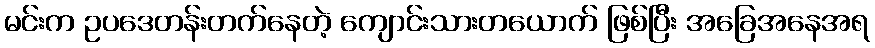
မင်းက ဥပဒေတန်းတက်နေတဲ့ ကျောင်းသားတယောက် ဖြစ်ပြီး အခြေအနေအရ